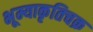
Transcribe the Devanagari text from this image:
भूम्याकृतिचक्र